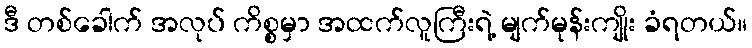
ဒီ တစ်ခေါက် အလုပ် ကိစ္စမှာ အထက်လူကြီးရဲ့ မျက်မုန်းကျိုး ခံရတယ်။